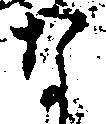
な